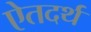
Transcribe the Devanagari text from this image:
ऐतदर्थ